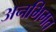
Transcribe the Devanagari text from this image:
अनभिमत